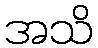
အသိ